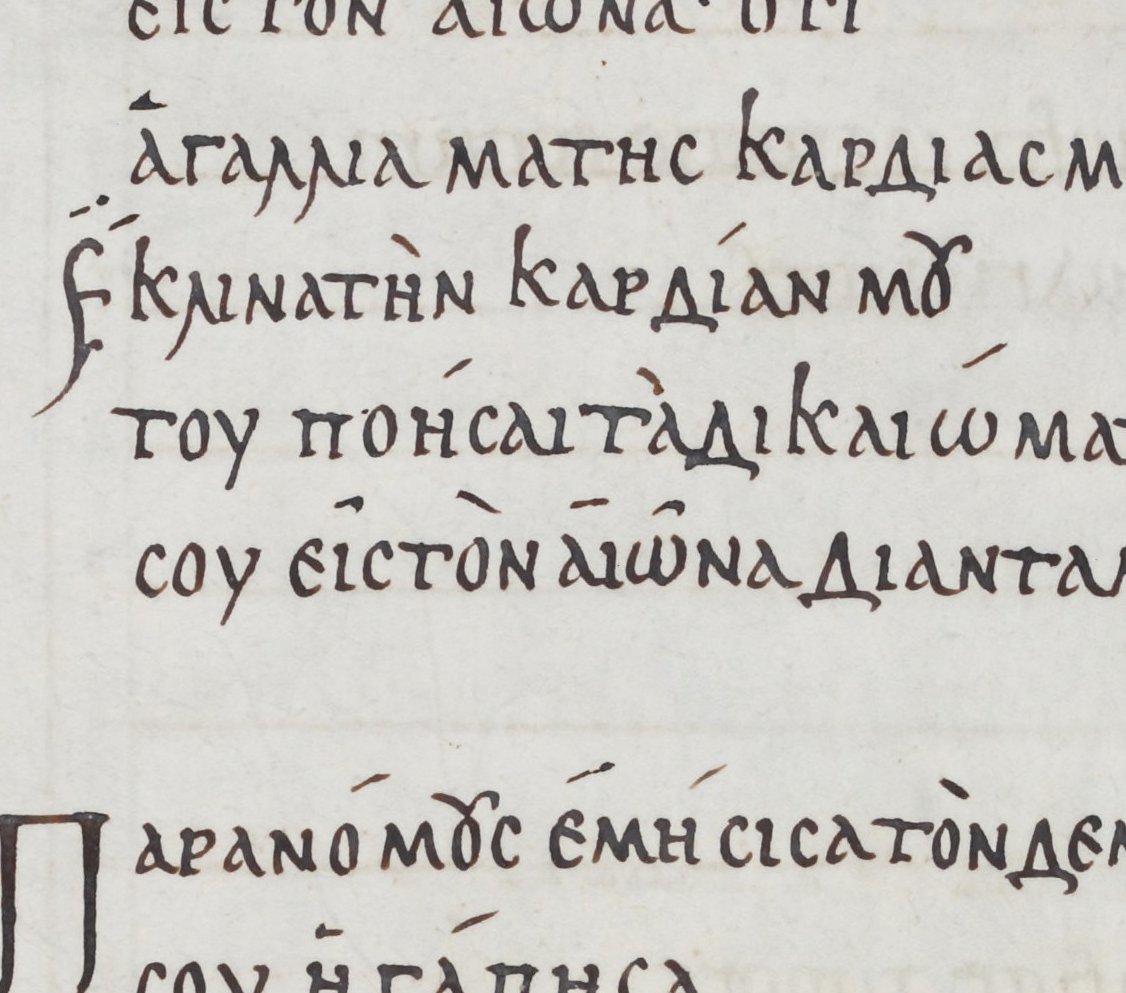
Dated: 800–999